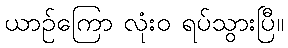
ယာဉ်ကြော လုံးဝ ရပ်သွားပြီ။